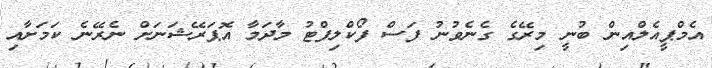
އެމްޕީއެލްއިން ބުނީ މިރޭގެ ގެނެވުނު ފަސް ފޯކްލިފްޓު މާދަމާ އޮޕަރޭޝަނަށް ނެރޭނެ ކަމަށާއި